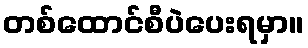
တစ်ထောင်စီပဲပေးရမှာ။